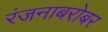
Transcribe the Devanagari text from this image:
रंजनाबरोबर